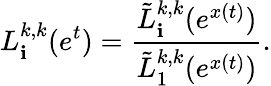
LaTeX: L_{\mathbf{i}}^{k,k}(e^{t})=\frac{{\tilde{{L}}_{\mathbf{i}}^{k,k}(e^{x(t)})}}{{\tilde{{L}}_{1}^{k,k}(e^{x(t)})}}.